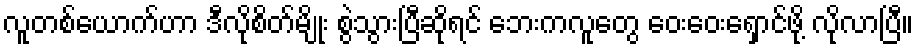
လူတစ်ယောက်ဟာ ဒီလိုစိတ်မျိုး စွဲသွားပြီဆိုရင် ဘေးကလူတွေ ဝေးဝေးရှောင်ဖို့ လိုလာပြီ။